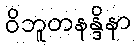
ဝိဘူတနန္ဒိနာ